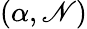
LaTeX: (\alpha,\mathscr{N})